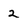
Character: 2